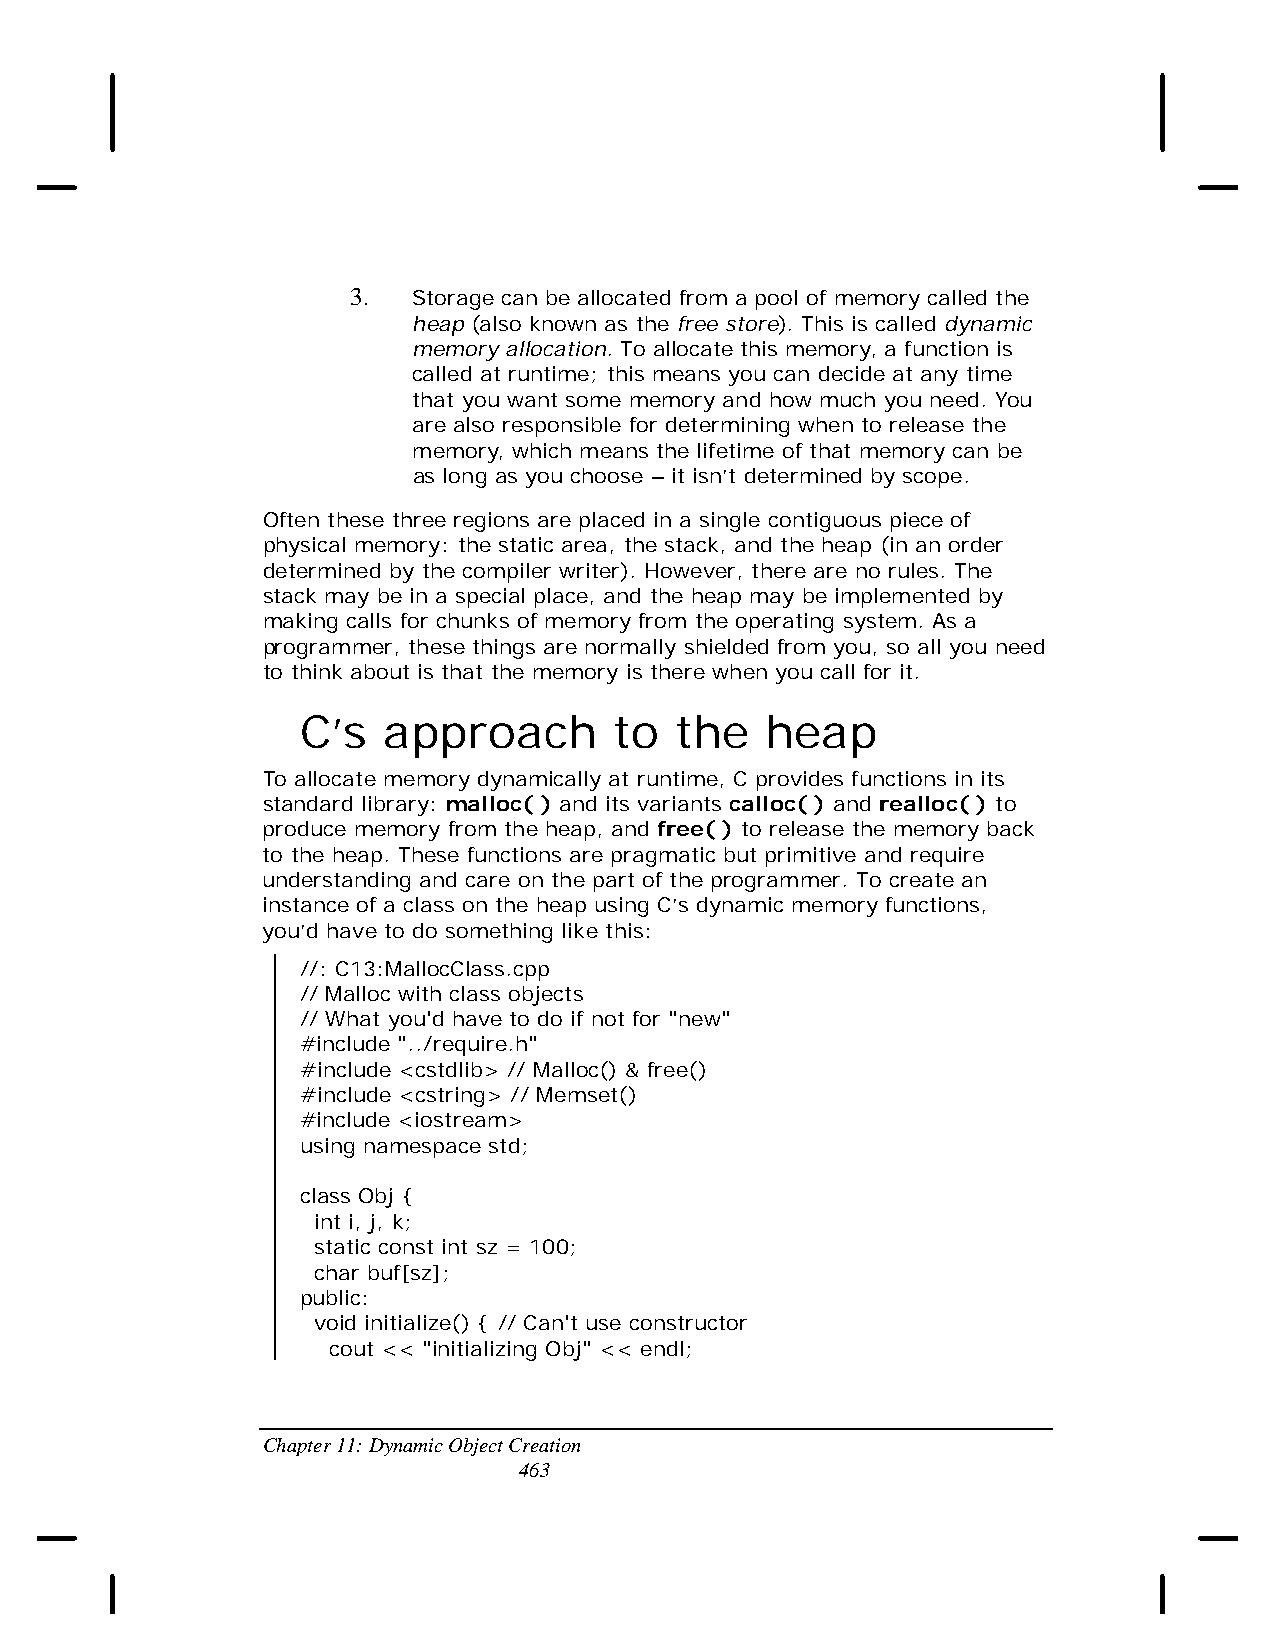
3.  Storage can be allocated from a pool of memory called the
 heap (also known as the free store). This is called dynamic
 memory allocation. To allocate this memory, a function is
 called at runtime; this means you can decide at any time
 that you want some memory and how much you need. You
 are also responsible for determining when to release the
 memory, which means the lifetime of that memory can be
 as long as you choose – it isn’t determined by scope.
 Often these three regions are placed in a single contiguous piece of
 physical memory: the static area, the stack, and the heap (in an order
 determined by the compiler writer). However, there are no rules. The
 stack may be in a special place, and the heap may be implemented by
 making calls for chunks of memory from the operating system. As a
 programmer, these things are normally shielded from you, so all you need
 to think about is that the memory is there when you call for it.
 C’s  approach        to  the   heap
 To allocate memory dynamically at runtime, C provides functions in its
 standard library: malloc( ) and its variants calloc( ) and realloc( ) to
 produce memory from the heap, and free( ) to release the memory back
 to the heap. These functions are pragmatic but primitive and require
 understanding and care on the part of the programmer. To create an
 instance of a class on the heap using C’s dynamic memory functions,
 you’d have to do something like this:
 //: C13:MallocClass.cpp
 // Malloc with class objects
 // What you'd have to do if not for "new"
 #include "../require.h"
 #include <cstdlib> // Malloc() & free()
 #include <cstring> // Memset()
 #include <iostream>
 using namespace std;
 class Obj {
 int i, j, k;
 static const int sz = 100;
 char buf[sz];
 public:
 void initialize() { // Can't use constructor
 cout << "initializing Obj" << endl;
 Chapter 11: Dynamic Object Creation
 463